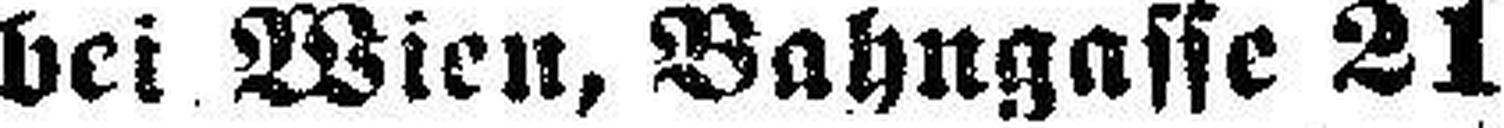
bei Wien, Bahngasse 21